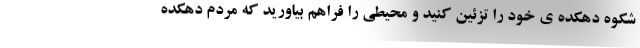
شکوه دهکده ی خود را تزئین کنید و محیطی را فراهم بیاورید که مردم دهکده